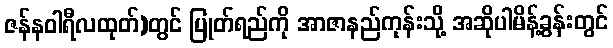
ဇန်နဝါရီလထုတ်)တွင် ပြုတ်ရည်ကို အာဇာနည်ကုန်းသို့ အဆိုပါမိန့်ခွန်းတွင်